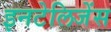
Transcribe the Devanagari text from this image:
इनटेलिजेंस